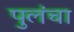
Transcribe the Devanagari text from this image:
पुलंचा